Lock hospitals Punjab
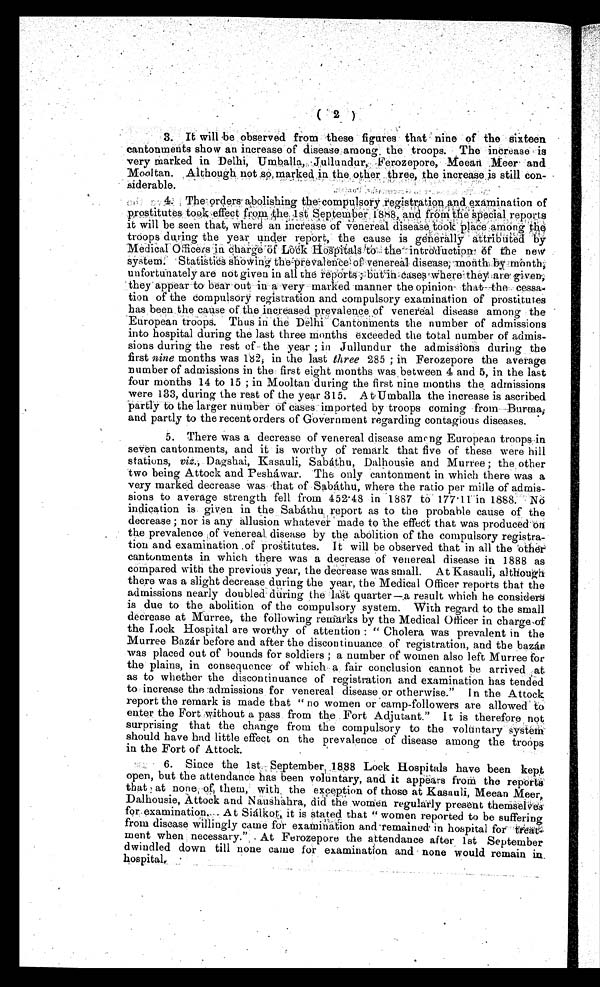
( 2 )
• cantonments show an increase of disease among the troops. The increase is
very marked in Delhi, Umballa, Jullundur, Ferozepore, Meean Meer and
Mooltan. Although not So marked in the other three, the increase . is still con
siderable.
4. The orders abolishing the compulsory r egistration and examination of
prostitutes took effect from 1st septeber 1888, and from the special
reports it will be seen that, where an increase of venereal disease took place among the
troops during the year under report, the cause is generally attributed by
Medical Officers in charge of Look Hospital to the introduction of the new
system Statistics showing the prevalence of : venereal disease; month by month
unfortunately are not given in all the reports; but in cases where they are given,
they appear to bear out in a very marked manner the opinion- that the cessa-
tion of the compulsory registration and compulsory examination of prostitutes
has been the cause of the increased prevalence of venereal disease among the
European troops. Thus in the Delhi Cantonments the number of admissions
into hospital during the last three months exceeded the total number of admis-
sions during the rest of-the year ; in Jullundur the admissions during the
first nine months was 182, in the last three 285 ; in Ferozepore the average
number of admissions in the first eight months was between 4 and 5, in the last
four months 14 to 15 ; in Mooltan during the first nine months the admissions
were 133, during the rest of the year 315. At Umballa the increase is ascribed
partly to the larger number of cases. imported by troops coming from Burma,
and partly to the recent orders of Government regarding contagious diseases.
5. There was a decrease of venereal disease among European troops in
seven cantonments, and it is worthy of remark that five of these were hill
stations, Dagshai, Kasauli, Sabáthu, Dalhousie and Murree ; the other
two being Attock and Pesháwar. T he only cantonment in which there was a
very marked decrease was that of Sabáthu, where the ratio per mille of admis-
sions to average strength fell from 452.48 in 1887 to 177.11 in 1888. No
indication is given in the Sabáthu report as to the probable cause of the
decrease ; nor is any allusion whatever made to the effect that was produced on
the prevalence of venereal. disease by the abolition of the compulsory registra-
tion and examination of prostitutes. It will be observed that in all the other
cantonments in which there was a decrease of venereal disease in 1888 as
compared with the previous year, the decrease was small. At Kasauli, although
there was a slight decrease during the year, the Medical Officer reports that the
admissions nearly doubled during the last quarter—a result which he considers
is due to the abolition of the compulsory system. With regard to the small
decrease at Murree, the following remarks by the Medical Officer in charge of
the Lock Hospital are worthy of attention : " Cholera was prevalent in the
Murree Bazár before and after the discontinuance of registration, and the bazáu
was placed out of hounds for soldiers ; a number of women also left Murree for
the plains, in consequence of which a fair conclusion cannot be arrived at
as to whether the discontinuance of registration and examination has tended
to increase the admissions for venereal disease or otherwise." In the Attock
report the remark is made that " no women or camp-followers are allowed to
enter the Fort without a pass. from the Fort Adjutant." It is therefore , not
surprising that the change from the compulsory to the voluntary s yst em
should have had little effect on the prevalence of disease among the troops
in the Fort of Attock.
6. Since the 1st september 1888 Lock Hospitals have been kept
open, but the attendance has been voluntary, and it appears from the report
that at none of them, with the exception of those at Kasauli, Meean Meer,
Dalhousie, Attock and Naushahra, did the women regularly present themselves
f o r e x a m i n a t i o n . A t S i á l k o t , i t i s s t a t e d t h a t ' ' w o m e n r e p o r t e d t o b e s u f f e r i n g
from disease willingly came for examination and remained in hospital for treat-
m e n t
w h e n
n e c e s s a r y . " A t F e r o z e p o r e t h e a t t e n d a n c e a f t e r1
s t
S e p t e m b e r
dwindled down till none came for examination and none would remain in.
hospital.
•
-
.